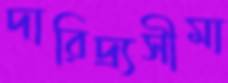
দারিদ্র্যসীমা